Report of the Municipal Commissioner on the plague in Bombay for the year ending 31st May... - Volume 2
Disease focus: Plague
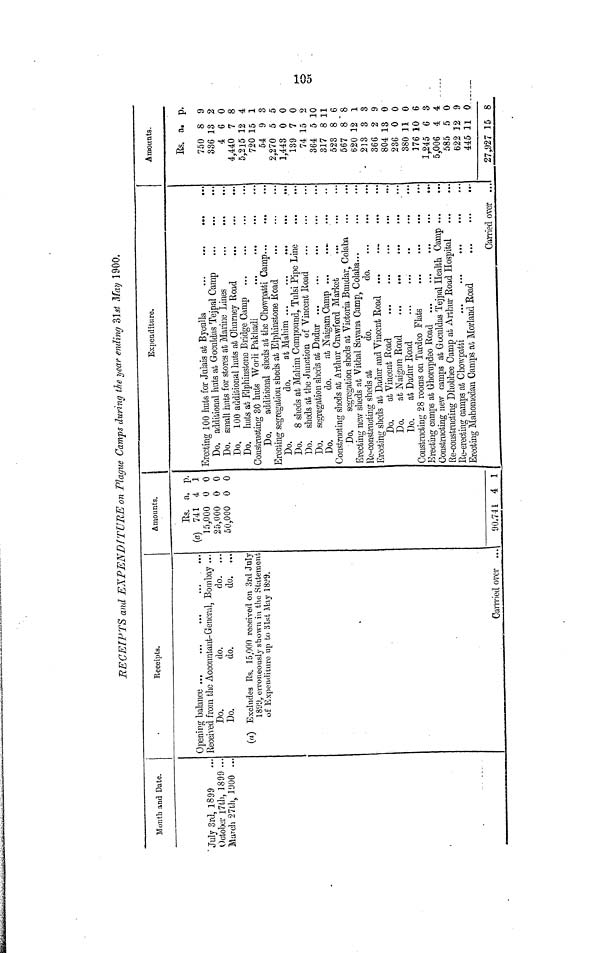
>-•»
o
Cn
RECEIPTS and EXPENDITURE on Plague Camps during the year ending 31rf May 1900.
Month and Date.
"July 3rd, 1899
October I7tli, 1899 ...
March 27th, TJOO ...
Receipts.
Received from the Accountant- General, Bombay ...
Do.
do.
do.
Do.
do.
do.
(a) Excludes Rs. 15,000 received on 3rd July
1899, erroneously shown in the Statement
of Expenditure up to 31st May 18^9.
Carrried over ...
Amounts.
Es. a, p.
(a) 741 4 1
15,000 0 0
25,000 0 0
50,000 0 0
90,741 4 1
Expenditure.
Do. additional huts at Goculdas Tejpal Camp
Do. small huts for stores at Marine Lines
Do, 100 additional huts at Ohumey Road
Do
huts at Pllphinsfcone Bridge Gamp ...
...
...
ConstiTiGtin 0 * 30 huts Worli Pakhadi
...
...
...
Do. ° additional sheds at the Chowpatti Camp
Erecting segregation sheds at Elphinsfcone Koad
Do
do
at Mahim ...
...
••«
...
...
Do. 8 sheds at Mahim Compound, Tulsi Pipe Line
Do. sheds at the Junction of Vincent Boad
Do.
do.
at Kaigam Camp
Constructing sheds at Arthur Crawford Market
Do,
segregation sheds at Victoria Bundar, Colaba
Erecting new sheds at Vithal Sayana Camp, Colaba...
Re-constructing sheds at
do.
do
Constructing new camps at Goculdas Tejpal Health Camp
Re-constructing Dhobhee Camp at Arthur Road Hospital
Erecting Mahomedan Camps at Morland Eoad
Carried over ...
Amounts.
Es. a. p.
750 8 9
336 13 2
4 6 0
4,440 7 8
5,215 12 4
720 15 1
54 9 3
2,270 5 5
1,443 0 0
139 7 0
74 15 2
364 5 10
317 8 11
523 8 6
567 8*8
620 12 1
- 213 3 3
366 2 9
804 13 0
236 0 0
380 11 0
376 10 6
1,245 6 3
5,006 4 4
585 5 0
622 12 9
445 11 .0 ___
27 ? 927 15 8